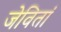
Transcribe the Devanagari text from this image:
जेवितां